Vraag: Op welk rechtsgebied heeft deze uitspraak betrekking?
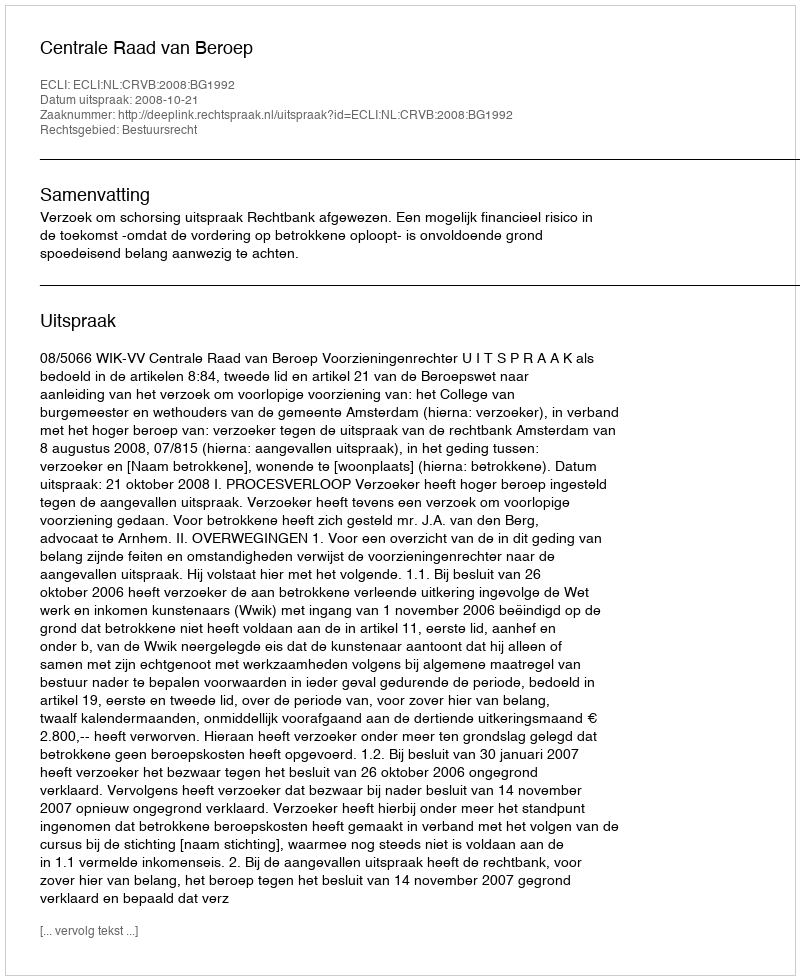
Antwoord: Bestuursrecht